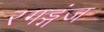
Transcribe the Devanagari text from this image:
रगड्गंज